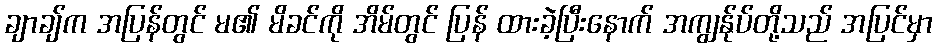
ချာချ်က အပြန်တွင် မ၏ မိခင်ကို အိမ်တွင် ပြန် ထားခဲ့ပြီးနောက် အကျွန်ုပ်တို့သည် အပြင်မှာ